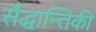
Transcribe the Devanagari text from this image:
सैद्धान्तिकी